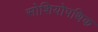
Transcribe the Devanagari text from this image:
सोशियोपथिक